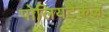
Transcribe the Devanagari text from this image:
पोलियटेकल